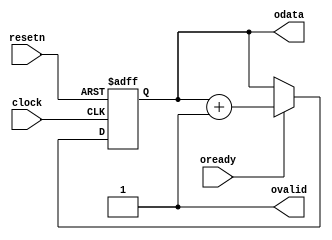
/**
 * Copyright (C) 2017, Miklos Maroti
 * This is free software released under the 3-clause BSD licence.
 */

`default_nettype none

/**
 * Just a simple counter producing output through an axis interface.
 * The ovalid signal is always true, the couter is incremented when
 * oready is true.
 */
module axis_counter #(parameter integer WIDTH = 8) (
	input wire clock,
	input wire resetn,
	output reg [WIDTH-1:0] odata,
	output wire ovalid,
	input wire oready);

assign ovalid = 1'b1;

always @(posedge clock or negedge resetn)
begin
	if (!resetn)
		odata <= 1'b0;
	else if (oready)
		odata <= odata + 1'b1;
end
endmodule

/**
 * This block slows down the flow of elements from the input to the
 * output by moving data at every DELAY clock cycle.
 */
module axis_throttle #(parameter integer WIDTH = 8, DELAY = 2) (
	input wire clock,
	input wire resetn,
	input wire [WIDTH-1:0] idata,
	input wire ivalid,
	output wire iready,
	output wire [WIDTH-1:0] odata,
	output wire ovalid,
	input wire oready);

localparam integer DELAY_WIDTH = $clog2(DELAY - 1);
reg [DELAY_WIDTH:0] delay;

always @(posedge clock or negedge resetn)
begin
	if (!resetn)
		delay <= DELAY - 2;
	else if (delay[DELAY_WIDTH])
		delay <= DELAY - 2;
	else
		delay <= delay - 1'b1;
end

assign ovalid = ivalid && delay[DELAY_WIDTH];
assign iready = oready && delay[DELAY_WIDTH];
assign odata = idata;
endmodule

/**
 * An axis fifo buffer which takes data and produces data through pipe
 * interfaces. If SIZE is 2, then this module is functionally equivalent to
 * the axis pipe. The output size is the number of owned elements, which is a
 * number in the range [0, SIZE].
 */
module axis_small_fifo #(parameter integer WIDTH = 8, SIZE = 3, SIZE_WIDTH = $clog2(SIZE + 1)) (
	input wire clock,
	input wire resetn,
	output reg [SIZE_WIDTH-1:0] size,
	input wire [WIDTH-1:0] idata,
	input wire ivalid,
	output reg iready,
	output reg [WIDTH-1:0] odata,
	output reg ovalid,
	input wire oready);

integer i;

wire itransfer = ivalid && iready;
wire otransfer = ovalid && oready;

wire [SIZE_WIDTH-1:0] size2 = size - otransfer;
wire [SIZE_WIDTH-1:0] size3 = size2 + itransfer;

always @(posedge clock or negedge resetn)
begin
	if (!resetn)
	begin
		size <= 1'b0;
		iready <= 1'b0;
		ovalid <= 1'b0;
	end
	else
	begin
		size <= size3;
		iready <= size3 < SIZE;
		ovalid <= size3 > 0;
	end
end

reg [WIDTH-1:0] buffer [1:SIZE-1];

always @(posedge clock)
begin
	// no async reset of buffer
	if (itransfer)
	begin
		buffer[1] <= idata;
		for (i = 2; i < SIZE; i = i + 1)
			buffer[i] <= buffer[i - 1];
	end
end

reg [WIDTH-1:0] buffer2 [0:SIZE]; // this will be a wire

always @(*)	// combinatorial
begin
	buffer2[0] <= idata;
	for (i = 1; i < SIZE; i = i + 1)
		buffer2[i] <= buffer[i];
	buffer2[SIZE] <= odata;
end

always @(posedge clock)
begin
	// no async reset of odata
	odata <= buffer2[size2];
end
endmodule

/**
 * Converts a push interface (with clock enable) to an axi stream interface
 * with overflow error detection. The overflow flag is set on overflow, and
 * it is cleared only at reset.
 */
module push_to_axis #(parameter integer WIDTH = 8) (
	input wire clock,
	input wire resetn,
	output reg overflow,
	input wire [WIDTH-1:0] idata,
	input wire ienable,
	output wire [WIDTH-1:0] odata,
	output wire ovalid,
	input wire oready);

assign ovalid = ienable;
assign odata = idata;

always @(posedge clock or negedge resetn)
begin
	if (!resetn)
		overflow <= 1'b0;
	else
		overflow <= (ienable && !oready) || overflow;
end
endmodule